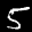
Label: 5